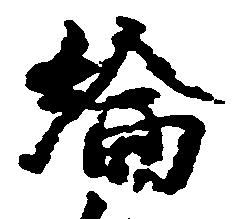
綸